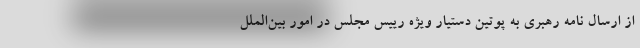
از ارسال نامه رهبری به پوتین دستیار ویژه‌ رییس مجلس در امور بین‌الملل